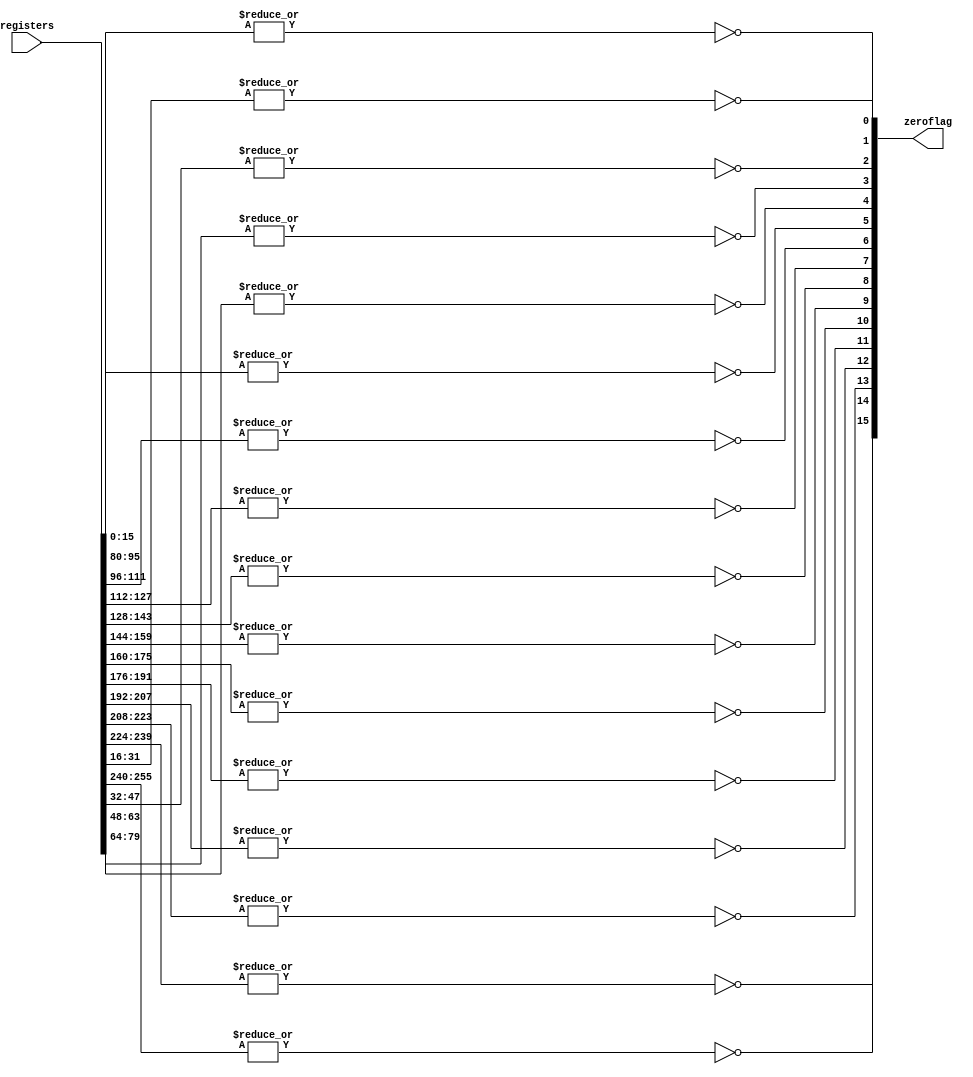
module zeroflag_generator(
  input[255:0] registers,
  output[15:0] zeroflag);

 genvar i;
 generate
 for(i = 0; i < 16; i = i + 1) begin: zeroflag_gen
	assign zeroflag[i] = ~(|registers[16*i +: 16]);
 end
 endgenerate

endmodule